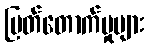
ပြတ်တောက်မှုများ